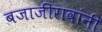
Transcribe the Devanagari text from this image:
बजाजीरावांनी